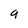
Character: q